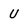
Character: u